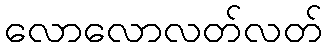
လောလောလတ်လတ်